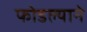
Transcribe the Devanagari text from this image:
फोडल्याने